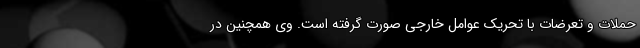
حملات و تعرضات با تحریک عوامل خارجی صورت گرفته است. وی همچنین در